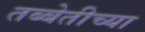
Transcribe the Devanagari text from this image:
तब्बेतीच्या